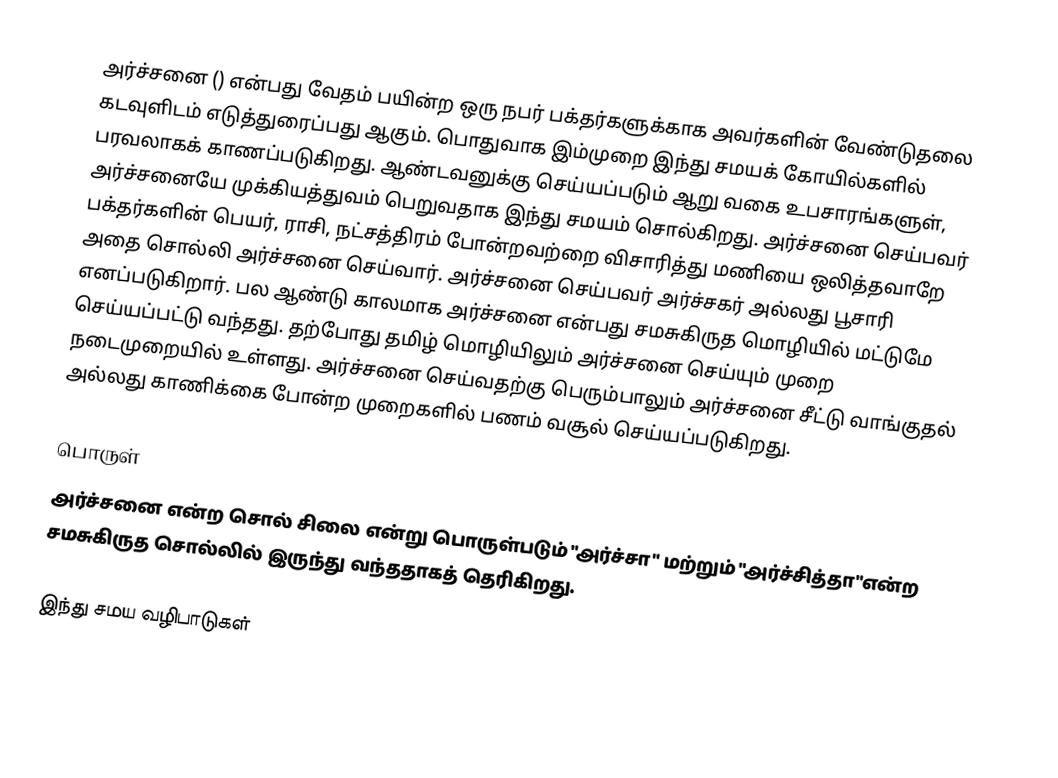
அர்ச்சனை () என்பது வேதம் பயின்ற ஒரு நபர் பக்தர்களுக்காக அவர்களின் வேண்டுதலை கடவுளிடம் எடுத்துரைப்பது ஆகும். பொதுவாக இம்முறை இந்து சமயக் கோயில்களில் பரவலாகக் காணப்படுகிறது. ஆண்டவனுக்கு செய்யப்படும் ஆறு வகை உபசாரங்களுள், அர்ச்சனையே முக்கியத்துவம் பெறுவதாக இந்து சமயம் சொல்கிறது. அர்ச்சனை செய்பவர் பக்தர்களின் பெயர், ராசி, நட்சத்திரம் போன்றவற்றை விசாரித்து மணியை ஒலித்தவாறே அதை சொல்லி அர்ச்சனை செய்வார். அர்ச்சனை செய்பவர் அர்ச்சகர் அல்லது பூசாரி எனப்படுகிறார். பல ஆண்டு காலமாக அர்ச்சனை என்பது சமசுகிருத மொழியில் மட்டுமே செய்யப்பட்டு வந்தது. தற்போது தமிழ் மொழியிலும் அர்ச்சனை செய்யும் முறை நடைமுறையில் உள்ளது. அர்ச்சனை செய்வதற்கு பெரும்பாலும் அர்ச்சனை சீட்டு வாங்குதல் அல்லது காணிக்கை போன்ற முறைகளில் பணம் வசூல் செய்யப்படுகிறது.

பொருள்
அர்ச்சனை என்ற சொல் சிலை என்று பொருள்படும் "அர்ச்சா" மற்றும் "அர்ச்சித்தா"என்ற சமசுகிருத சொல்லில் இருந்து வந்ததாகத் தெரிகிறது.

இந்து சமய வழிபாடுகள்